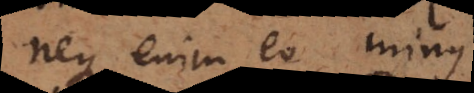
neque enim eo minus